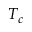
T _ { c }